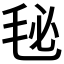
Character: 𣭈